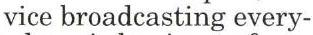
vice broadcasting every-